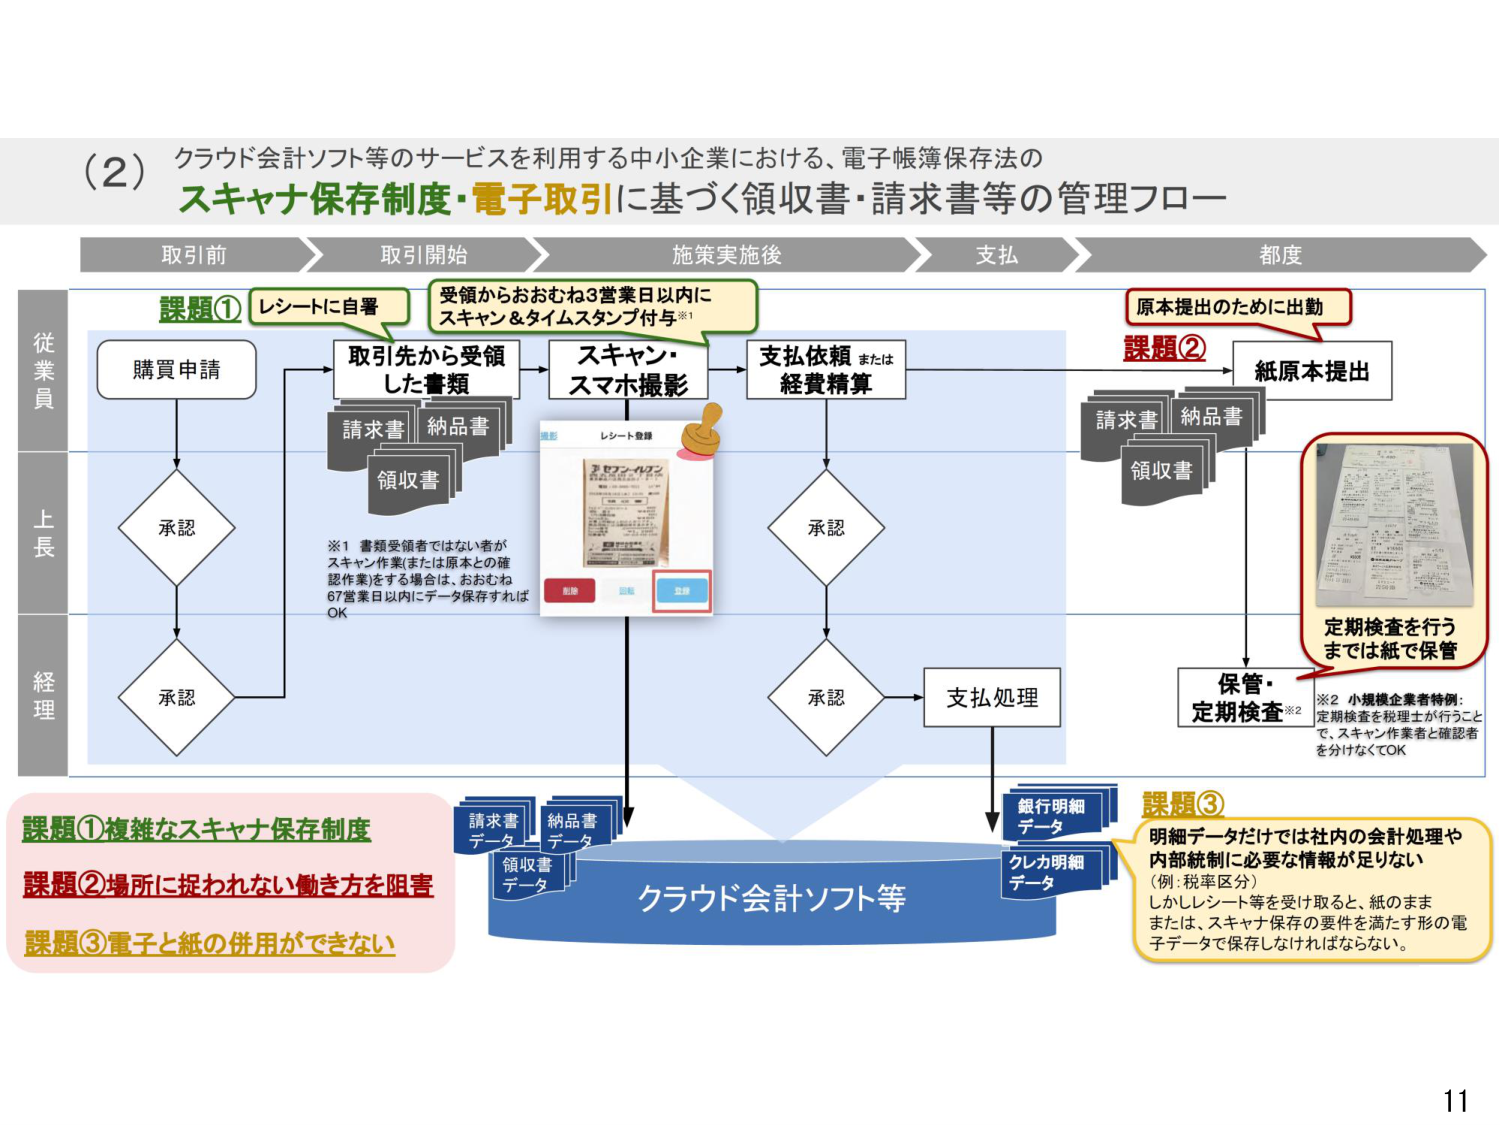
(2) クラウド会計ソフト等のサービスを利用する中小企業における、電子帳簿保存法の
スキャナ保存制度・電子取引に基づく領収書・請求書等の管理フロー

取引前 → 取引開始 → 施策実施後 → 支払 → 都度

従業員
課題① レシートに自署
購買申請 → 取引先から受領した書類 → スキャン・スマホ撮影 → 支払依頼または経費精算
（請求書、納品書、領収書）
※1 書類受領者ではない者がスキャン作業（または原本との確認作業）をする場合は、おおむね67営業日以内にデータ保存すればOK
承認（上長） → 承認（経理）

受領からおおむね3営業日以内にスキャン＆タイムスタンプ付与※1

レシート登録
（画像：「ネクソン・パチンコ」のレシート、下に「削除」「戻る」「登録」ボタン）

承認 → 承認 → 支払処理

銀行明細データ
クレカ明細データ

クラウド会計ソフト等

請求書データ
納品書データ
領収書データ

課題② 原本提出のために出勤
紙原本提出
（請求書、納品書、領収書）
保管・定期検査※2
定期検査を行うまでは紙で保管
※2 小規模企業者特例：定期検査を税理士が行うこと で、スキャナ作業者と確認者を分けなくてOK

課題③ 明細データだけでは社内の会計処理や内部統制に必要な情報が足りない
（例：税率区分）
しかしレシート等を受け取ると、紙のまままたは、スキャナ保存の要件を満たす形の電子データで保存しなければならない。

課題① 複雑なスキャナ保存制度
課題② 場所に捉われない働き方を阻害
課題③ 電子と紙の併用ができない

11